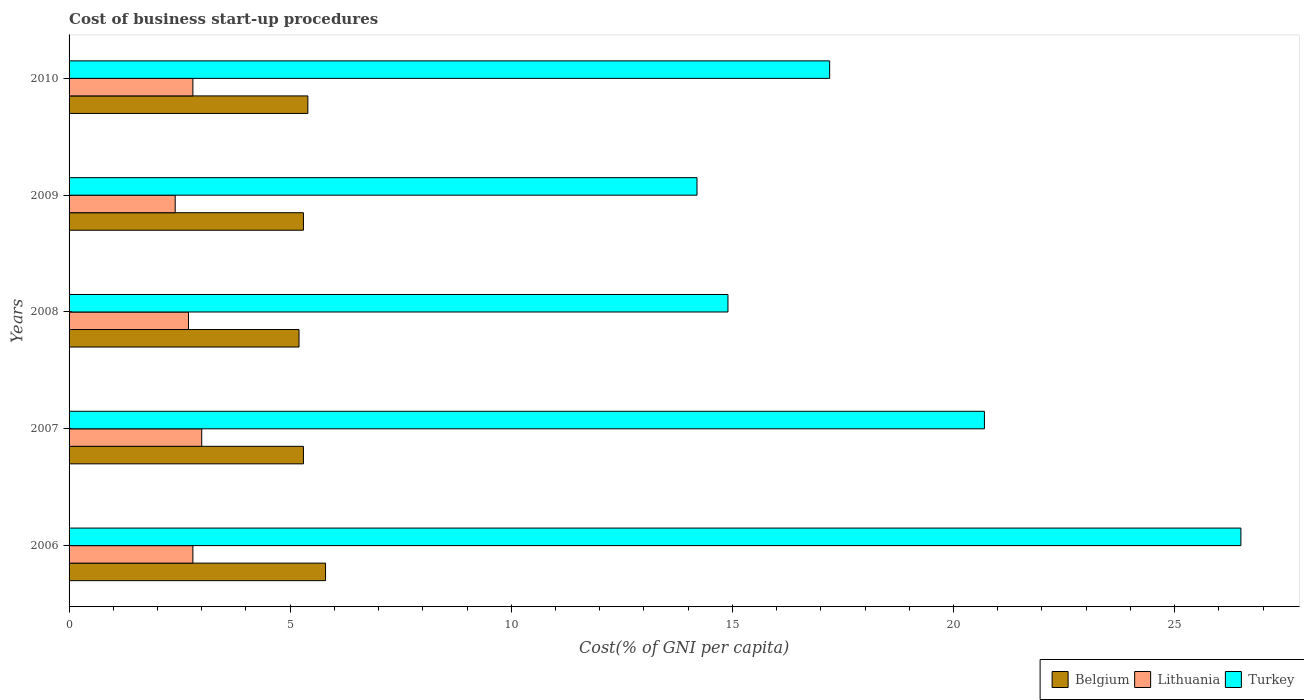
| Years | Belgium | Lithuania | Turkey |
 | --- | --- | --- | --- |
 | 2006 | 5.8 | 2.8 | 26.5 |
 | 2007 | 5.3 | 3 | 20.7 |
 | 2008 | 5.2 | 2.7 | 14.9 |
 | 2009 | 5.3 | 2.4 | 14.2 |
 | 2010 | 5.4 | 2.8 | 17.2 |